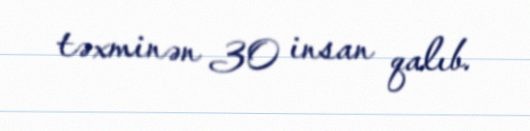
təxminən 30 insan qalıb.